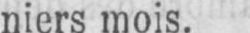
niers mois.